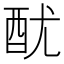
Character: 𨠄